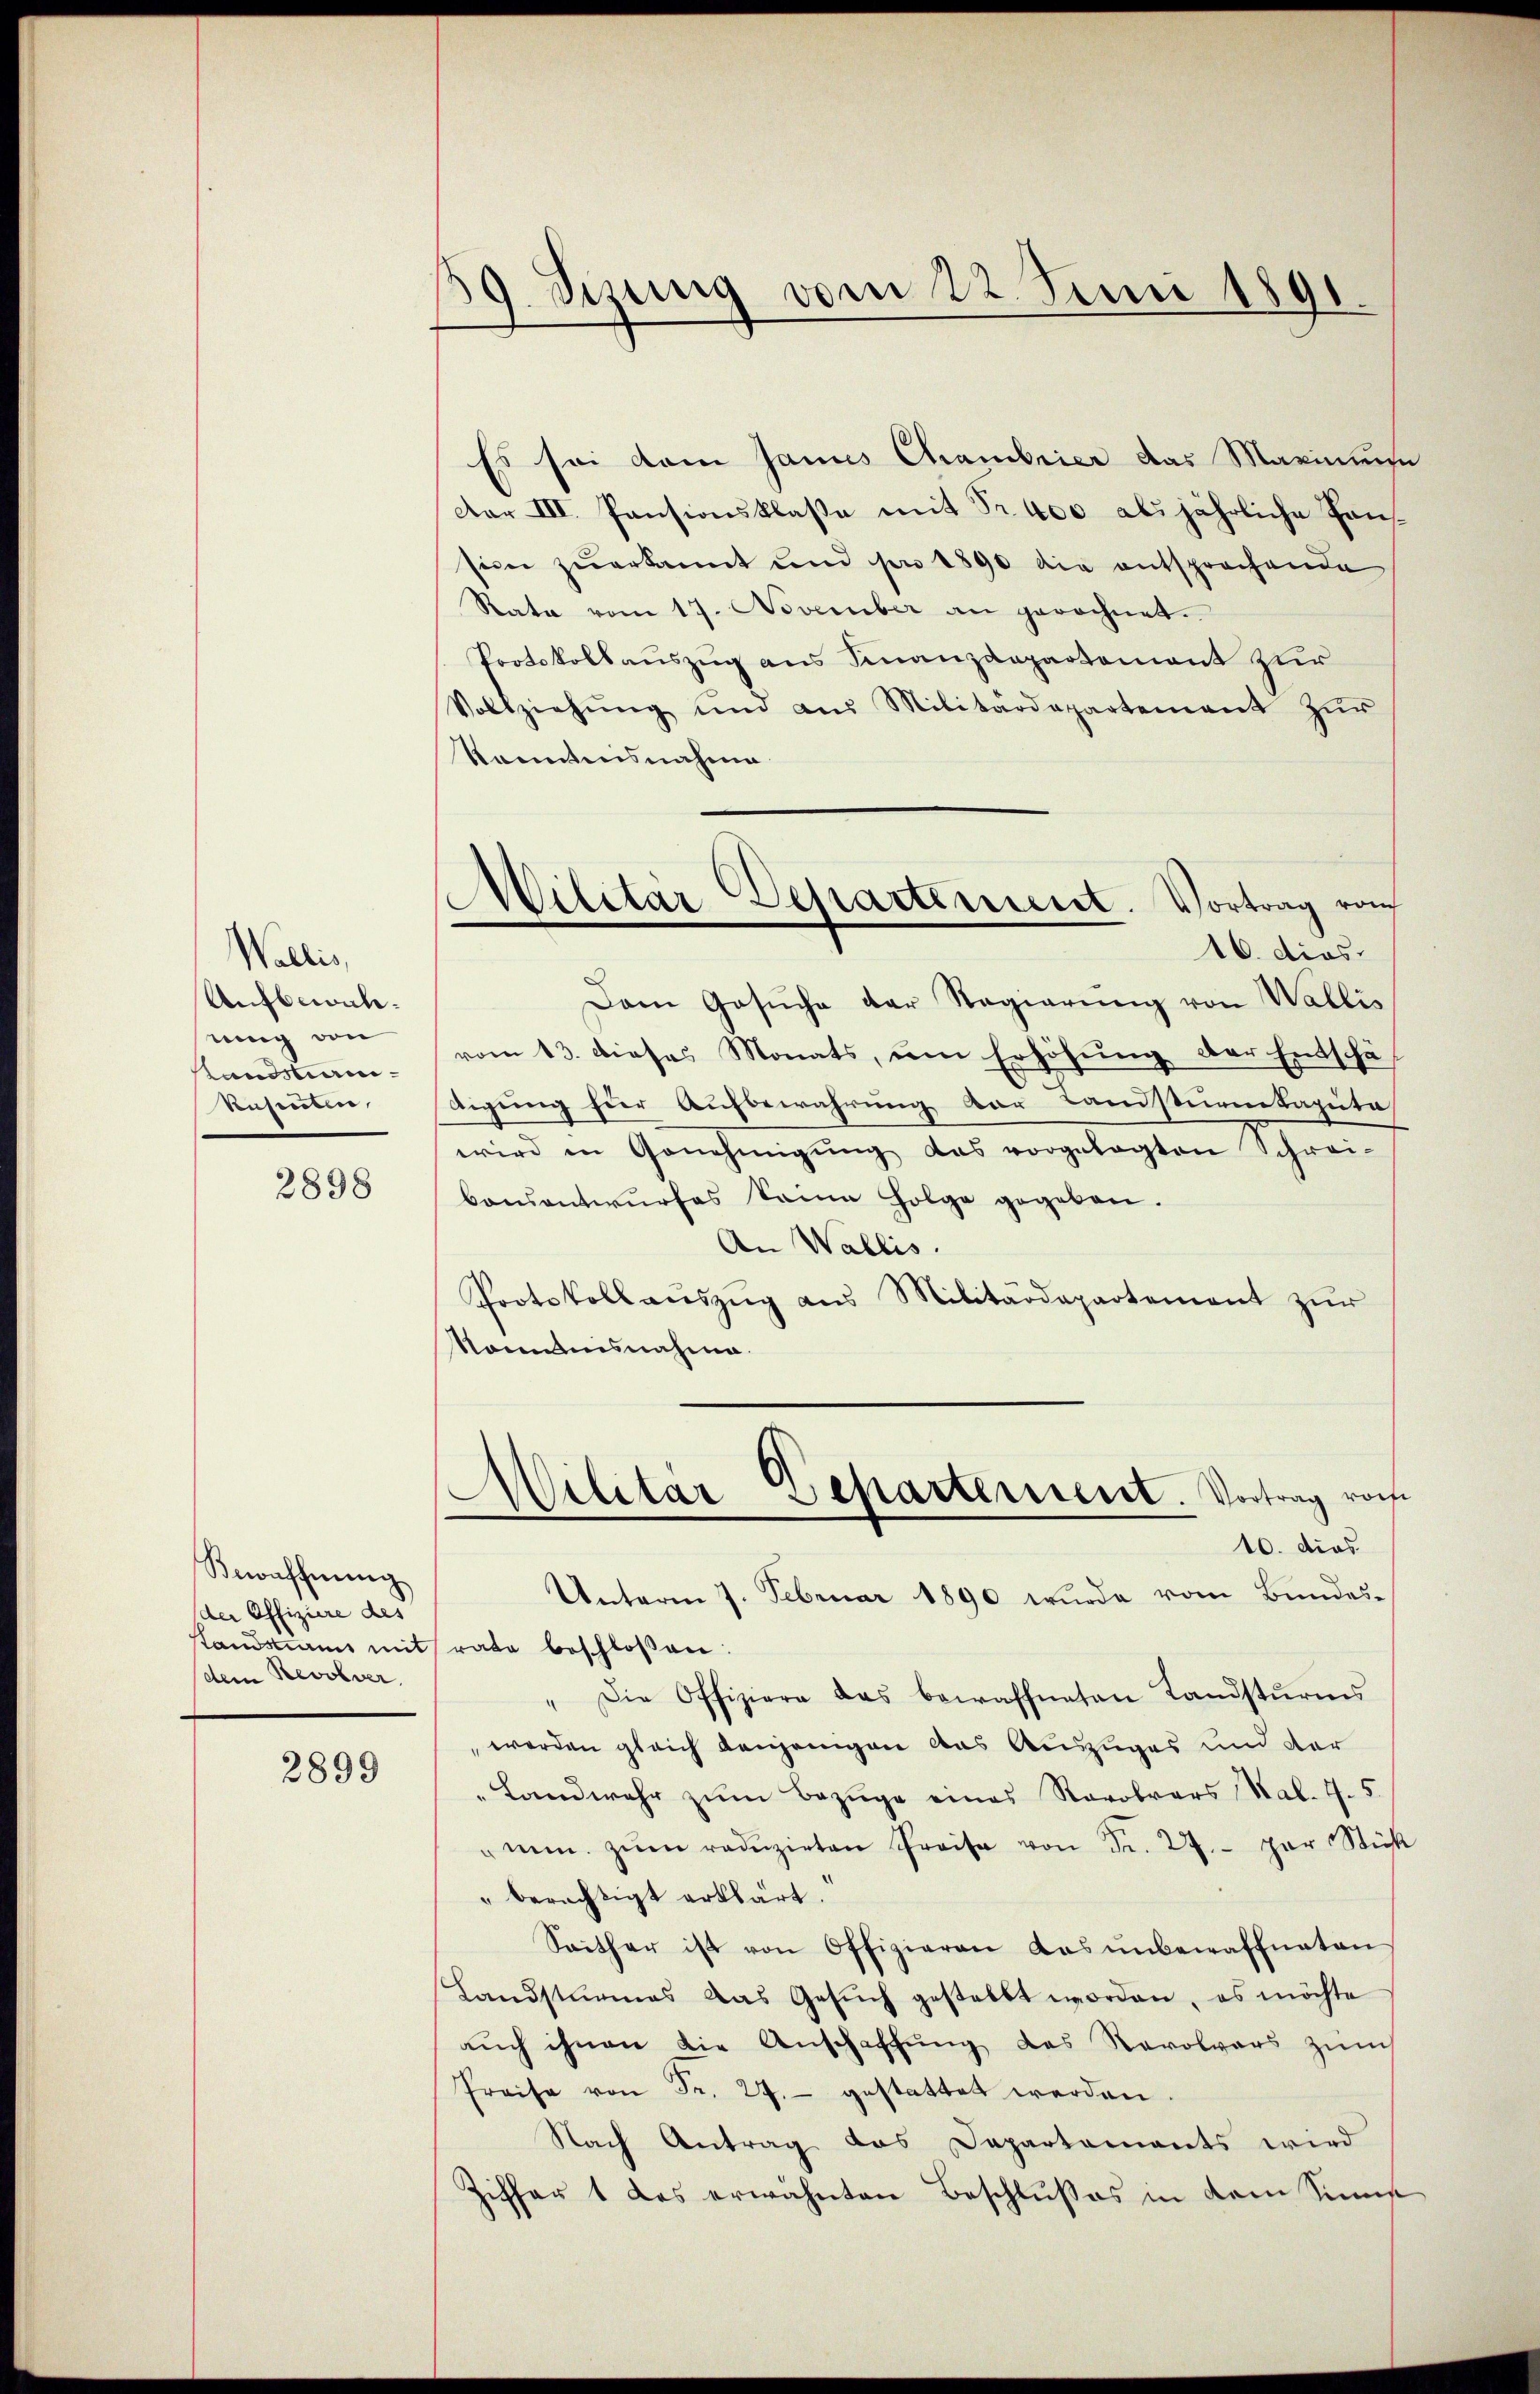
Wallis,
Aufbewahmung von
Standsturos
Ruseester,

2898

Bewaffnung
der Offiziere des
dem Revolver.

2899

19. Jung vom 22. Juni 1891.

Es sei dem Janus Chambrier das Marinnen
Dar III. Pensionsklasse mit Fr. 400 als jährliche Hansion zuerkannt und per 1890 die entsprochende
Rata vom 17. November an gerechnet.
Protokollauszug aus Finanzdepartement zur
Vollziehŭng und aus Militärdepartement zŭr
Kanntnisnahme
Dam Gesŭche der Regierŭng von Wallis
vom 13. dieses Monats, um Erhöhung der Entschä
tigung hier Aufbewahrung der Landsturenkapita
wird in Genehmigŭng das vorgelegten Schrei-
bonsantwurfes keine Folge gegeben.
An Wallis.
Protokoll aŭszŭg ans Militärdepartement zŭr
Nommnisnahme.
.
Militar Separtisiert. Vortrag von
10. dies
Unterm 7. Februar 1890 wurde vom Bundes-
standsamt mit rate beschloßen:
" Die Offiziere das bewaffneten Landsturms
 werden gleich denjenigen aus Auszuges und der
"Landwehr zum Bezüge eines Rarobrars Nal. 4. 5
mm. zŭm redŭzirten Preise von Fr. 27. par Stick
" berechtigt erklärt.
Seither ist von Offizieren das ŭnbewaffneten
Landsturmes das Gesŭch gestellt worden, es möchte
auch ihnen die Anschaffung des Revolvers zŭm
Preise von Fr. 27. gestattet werden
Nach Antrag das Departaments wird
Ziffer 1 des erwähnten Beschlußes in dem Sinne

Militar Departement. Vortrag von
16. dies